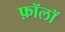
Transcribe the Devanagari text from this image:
फ़ॉलॉ